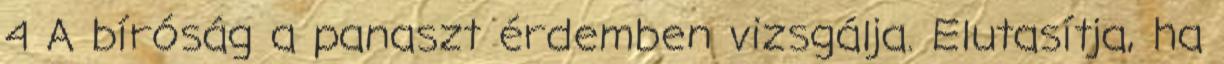
4 A bíróság a panaszt érdemben vizsgálja. Elutasítja, ha